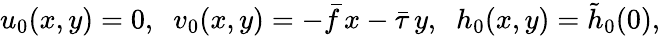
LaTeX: u_{0}(x,y)=0,\; \; v_{0}(x,y)=-\bar{f}\, x-\bar{\tau}\, y,\; \; h_{0}(x,y)=\tilde{h}_{0}(0),